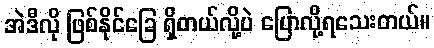
အဲဒီလို ဖြစ်နိုင်ခြေ ရှိတယ်လို့ပဲ ပြောလို့ရသေးတယ်။